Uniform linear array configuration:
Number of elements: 48
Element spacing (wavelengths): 0.75
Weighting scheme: kaiser
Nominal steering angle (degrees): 15
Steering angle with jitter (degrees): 13.556
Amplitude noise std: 0.05
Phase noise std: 0.05

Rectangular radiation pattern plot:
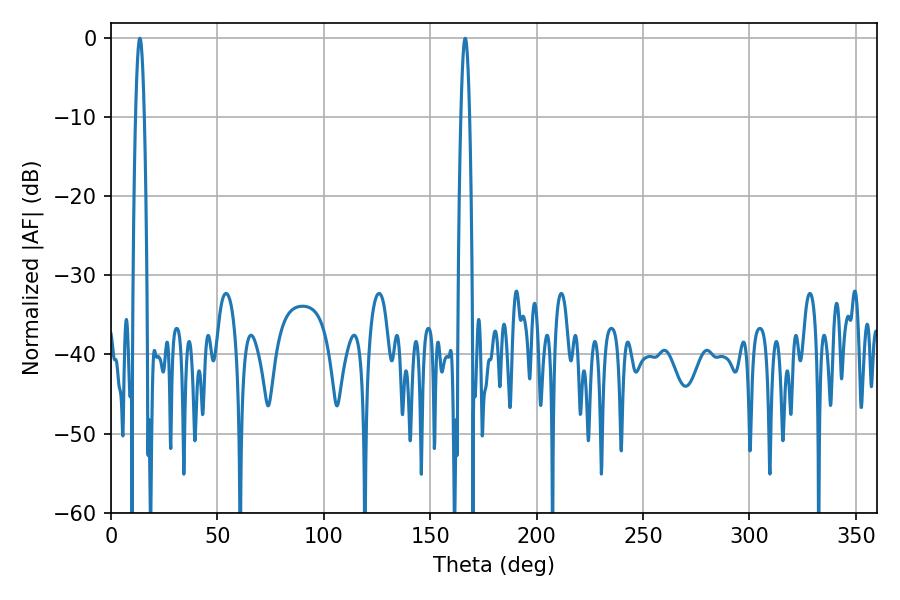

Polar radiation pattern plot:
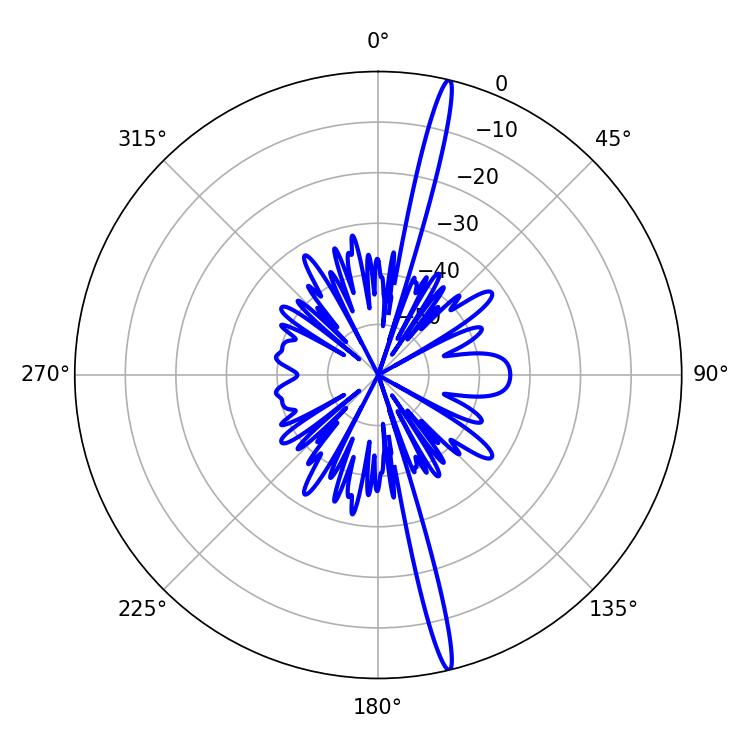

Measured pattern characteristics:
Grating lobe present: TRUE
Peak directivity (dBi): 19.933
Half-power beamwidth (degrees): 2.16
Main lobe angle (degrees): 166.5